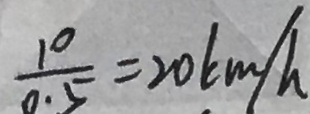
\frac { 1 0 } { 0 . 5 } = 2 0 k m / h